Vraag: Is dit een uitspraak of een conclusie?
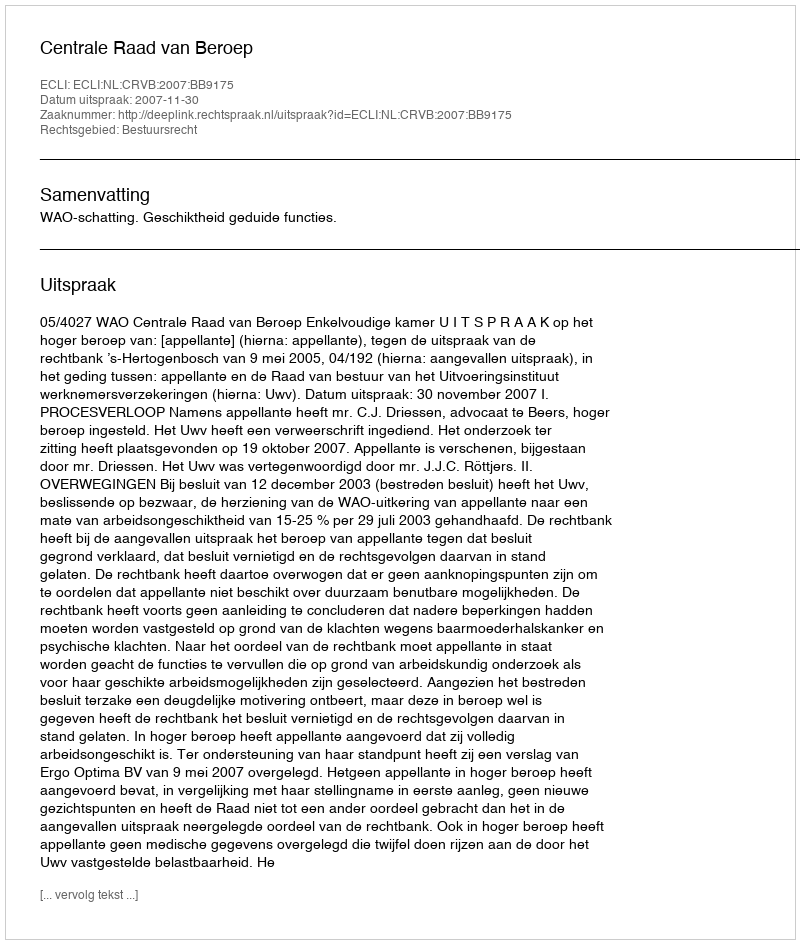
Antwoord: Uitspraak